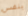
بنفس